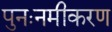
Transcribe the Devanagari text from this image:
पुनःनमीकरण